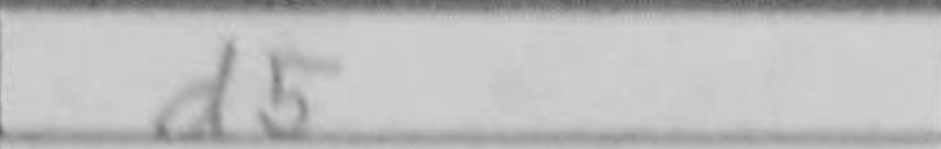
Transcription: d5